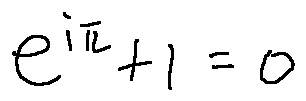
e ^ { i \pi } + 1 = 0